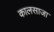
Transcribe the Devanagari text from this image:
कालसाजा